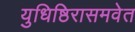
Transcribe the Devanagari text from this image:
युधिष्ठिरासमवेत